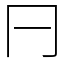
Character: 𠔼